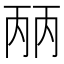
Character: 𰀕